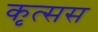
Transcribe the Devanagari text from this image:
कृत्सस